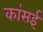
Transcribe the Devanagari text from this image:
कांसई